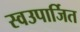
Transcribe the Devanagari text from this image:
स्वउपार्जित